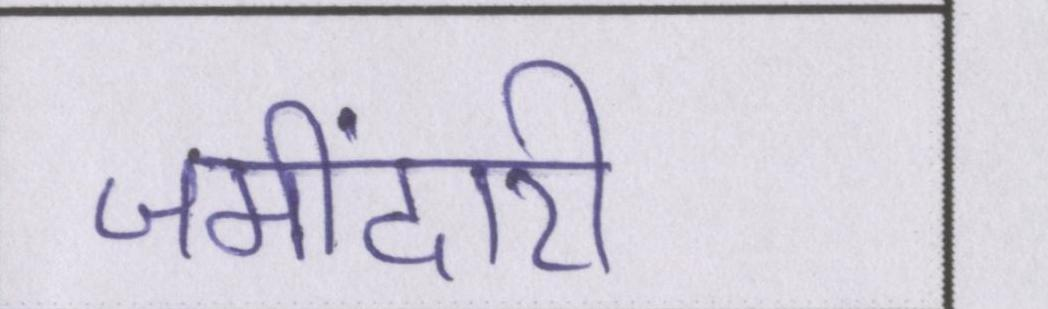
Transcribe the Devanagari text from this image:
जमींदारी